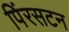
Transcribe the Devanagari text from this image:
पिंरसटन